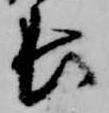
長